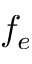
f _ { e }